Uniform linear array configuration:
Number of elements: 24
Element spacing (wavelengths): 0.5
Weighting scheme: exponential
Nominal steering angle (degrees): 30
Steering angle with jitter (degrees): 30.91
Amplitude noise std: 0.05
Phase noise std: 0.05

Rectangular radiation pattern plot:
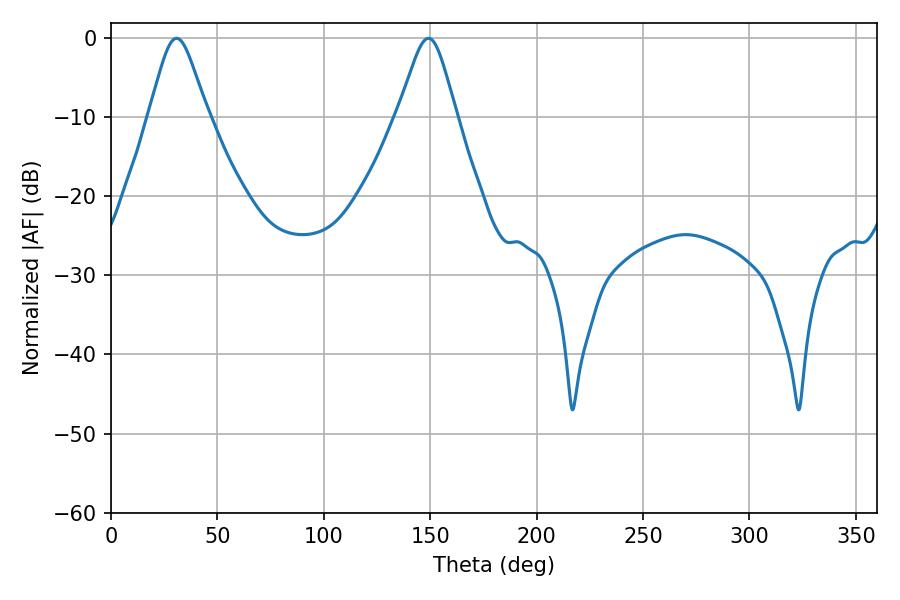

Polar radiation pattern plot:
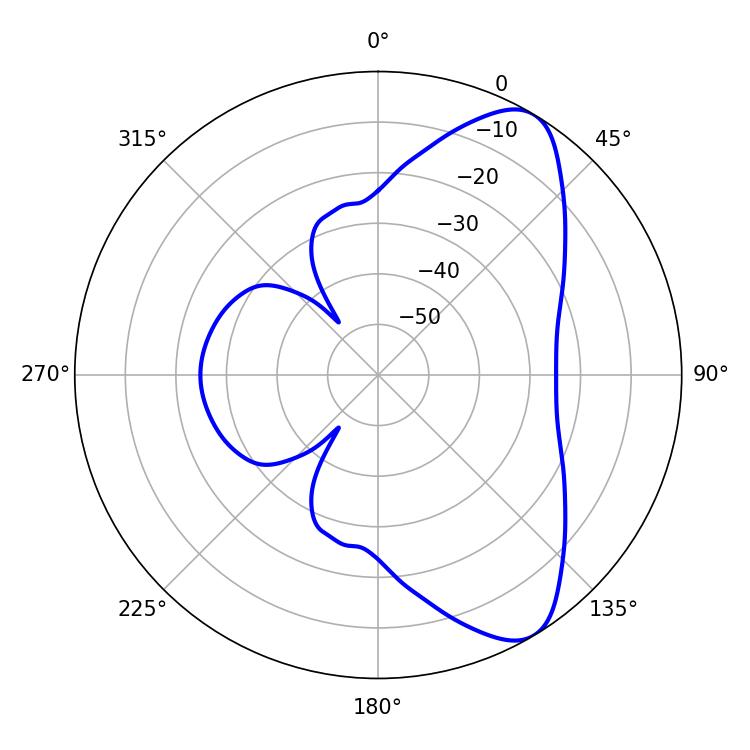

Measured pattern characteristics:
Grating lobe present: FALSE
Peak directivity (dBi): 8.321
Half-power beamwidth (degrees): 13.32
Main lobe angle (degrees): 30.78